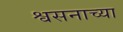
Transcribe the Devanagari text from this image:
श्वसनाच्या